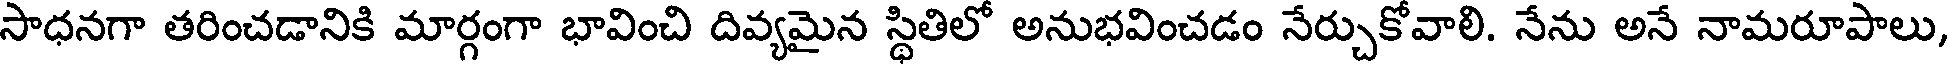
సాధనగా తరించడానికి మార్గంగా భావించి దివ్యమైన స్థితిలో అనుభవించడం నేర్చుకోవాలి. నేను అనే నామరూపాలు,